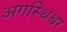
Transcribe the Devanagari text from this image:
अगस्थिश्वर